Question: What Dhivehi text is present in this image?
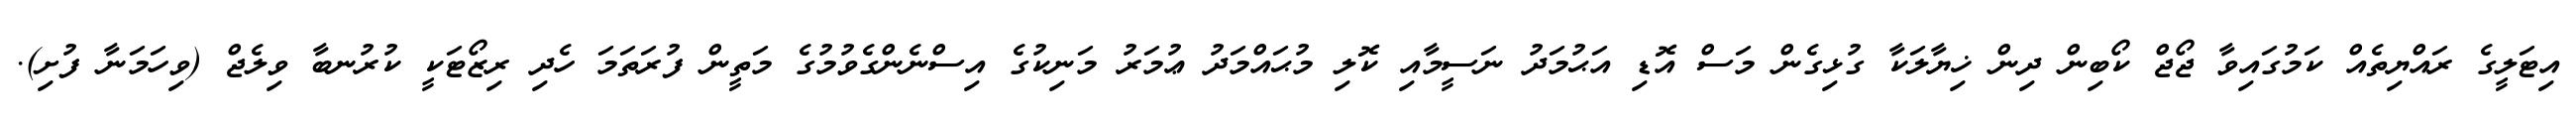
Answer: އިޓަލީގެ ރައްޔިތެއް ކަމުގައިވާ ޖޯޖް ކޯބިން ދިން ޚިޔާލަކާ ގުޅިގެން މަސް އޮޑި އަޙުމަދު ނަސީމާއި ކޮލި މުޙައްމަދު ޢުމަރު މަނިކުގެ އިސްނެންގެވުމުގެ މަތީން ފުރަތަމަ ހެދި ރިޒޯޓަކީ ކުރުނބާ ވިލެޖް (ވިހަމަނާ ފުށި).